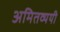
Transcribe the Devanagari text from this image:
अमितव्ययी